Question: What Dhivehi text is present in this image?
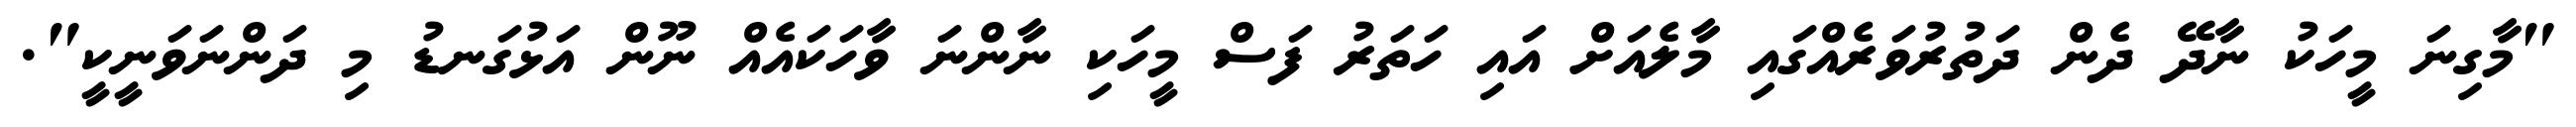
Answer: "މާގިނަ މީހަކު ނާދޭ ދެން ދަތުރުވަރެއްގައި މާލެއަށް އައި ހަތަރު ފަސް މީހަކި ނާންނަ ވާހަކައެއް ނޫން އަޅުގަނޑު މި ދަންނަވަނީކީ".